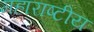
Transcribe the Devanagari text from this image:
महाराष्टीय